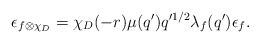
\begin{align*} \epsilon_{f \otimes \chi_D}= \chi_D(-r) \mu(q') q'^{1/2} \lambda_f(q') \epsilon_f.\end{align*}